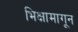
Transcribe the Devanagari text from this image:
भिक्षामागून